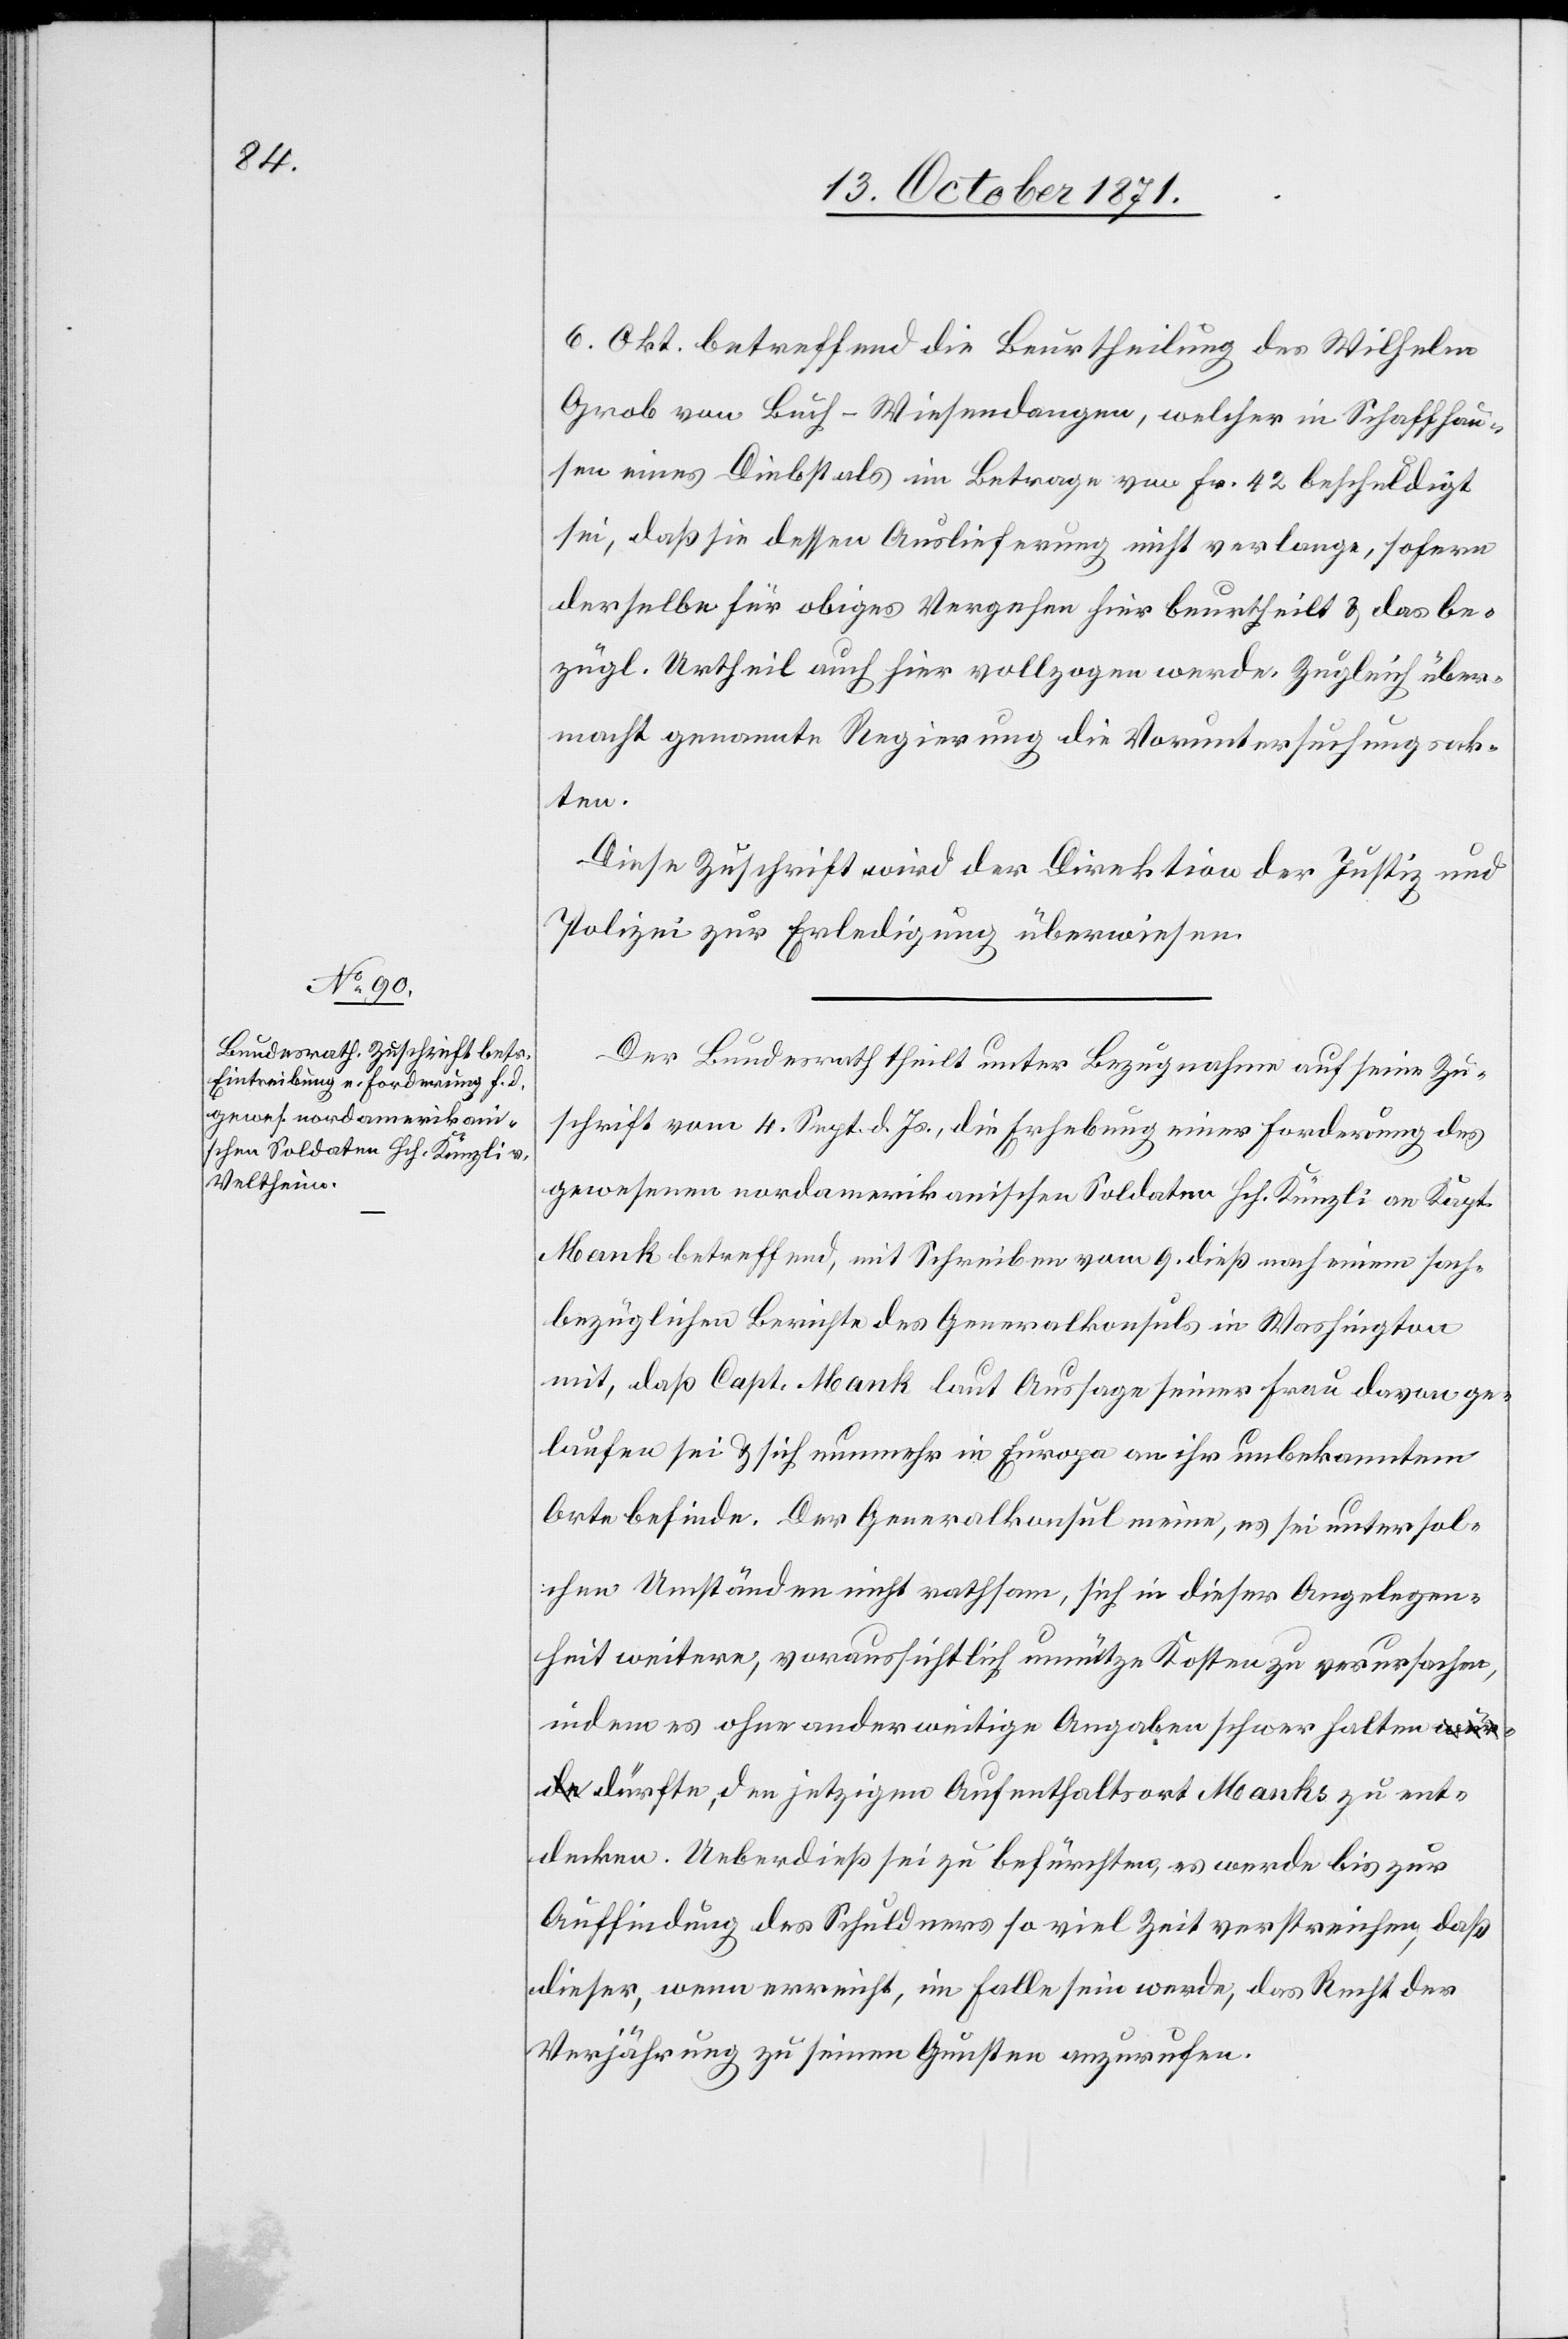
13. October 1871.]
6. Okt. betreffend die Beurtheilung des Wilhelm
Grob von Buch-Wiesendangen, welcher in Schaffhau¬
sen eines Diebstals im Betrage von Fr. 42 beschuldigt
sei, daß sie dessen Auslieferung nicht verlange, sofern
derselbe für obiges Vergehen hier beurtheilt & das be¬
zügl. Urtheil auch hier vollzogen werde. Zugleich über¬
macht genannte Regierung die Voruntersuchungsak¬
ten.
Diese Zuschrift wird der Direktion der Justiz und
Polizei zur Erledigung überwiesen.
Der Bundesrath theilt unter Bezugnahme auf seine Zu¬
schrift vom 4. Sept. d. Js., die Erhebung einer Forderung des
gewesenen nordamerikanischen Soldaten Hch. Künzli an Kapt.
Mank betreffend, mit Schreiben vom 9. dieß nach einem sach¬
bezüglichen Berichte des Generalkonsuls in Washington
mit, daß Capt. Mank laut Aussage seiner Frau davon ge¬
laufen sei & sich nunmehr in Europa an ihr unbekanntem
Orte befinde. Der Generalkonsul meine, es sei unter sol¬
chen Umständen nicht rathsam, sich in dieser Angelegen¬
heit weitere, voraussichtlich unnütze Kosten zu verursachen,
indem es ohne anderweitige Ausgaben schwer halte¬
n dürfte, den jetzigen Aufenthaltsort Manks zu ent¬
decken. Ueberdieß sei zu befürchten, es werde bis zur
Auffindung des Schuldners so viel Zeit verstreichen, daß
dieser, wenn erreicht, im Falle sein werde, das Recht der
Verjährung zu seinen Gunsten anzusuchen.